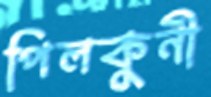
পিলকুনী